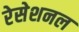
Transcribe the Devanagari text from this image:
रेसेशनल